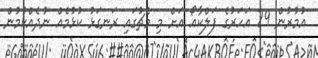
އުމުރުން 29 އަހަރުގެ ފަލްކާއޯ އަށް މި މެޗުގައި ރަނގަޅު ކުޅުމެއް ނުދެއްކުމުން